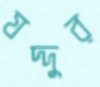
যদ্দুর